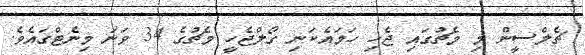
ޗެލްސީން މި މެޗުގައި ޖެހި ހަމައެކަނި ގޯލްޖެހީ މެޗުގެ 34 ވަނަ މިނެޓްގައެވެ.